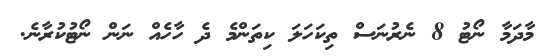
މާދަމާ ނޯޓު 8 ނެރުނަސް ތިކަހަލަ ކިތަންމެ ދެ ހާހެއް ނަން ނޯޓުކުރާނެ.